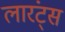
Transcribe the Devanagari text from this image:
लारंट्स